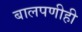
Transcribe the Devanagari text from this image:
बालपणीही